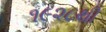
૧૯૨૮થી